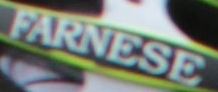
FARNESE